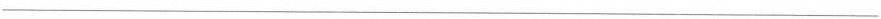
___